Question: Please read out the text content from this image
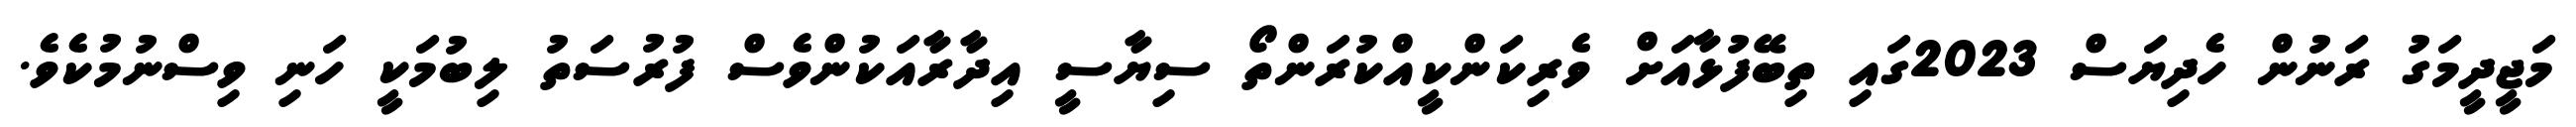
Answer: މަޖީދީމަގު ރަނުން ހެދިޔަސް 2023ގައި ތިބޭފުޅާއަށް ވެރިކަންކީއްކުރަންތޯ ސިޔާސީ އިދާރާއަކުންވެސް ފުރުސަތު ލިބުމަކީ ހަނި ވިސްނުމުކެވެ.